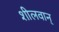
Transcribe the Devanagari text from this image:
शीलवान्